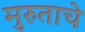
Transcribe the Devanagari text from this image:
मुरुताचे